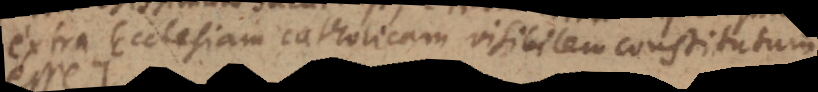
extra Ecclesiam Catholicam visibilem constitutum